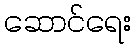
ဆောင်ရေး